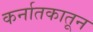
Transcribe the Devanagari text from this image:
कर्नातकातून